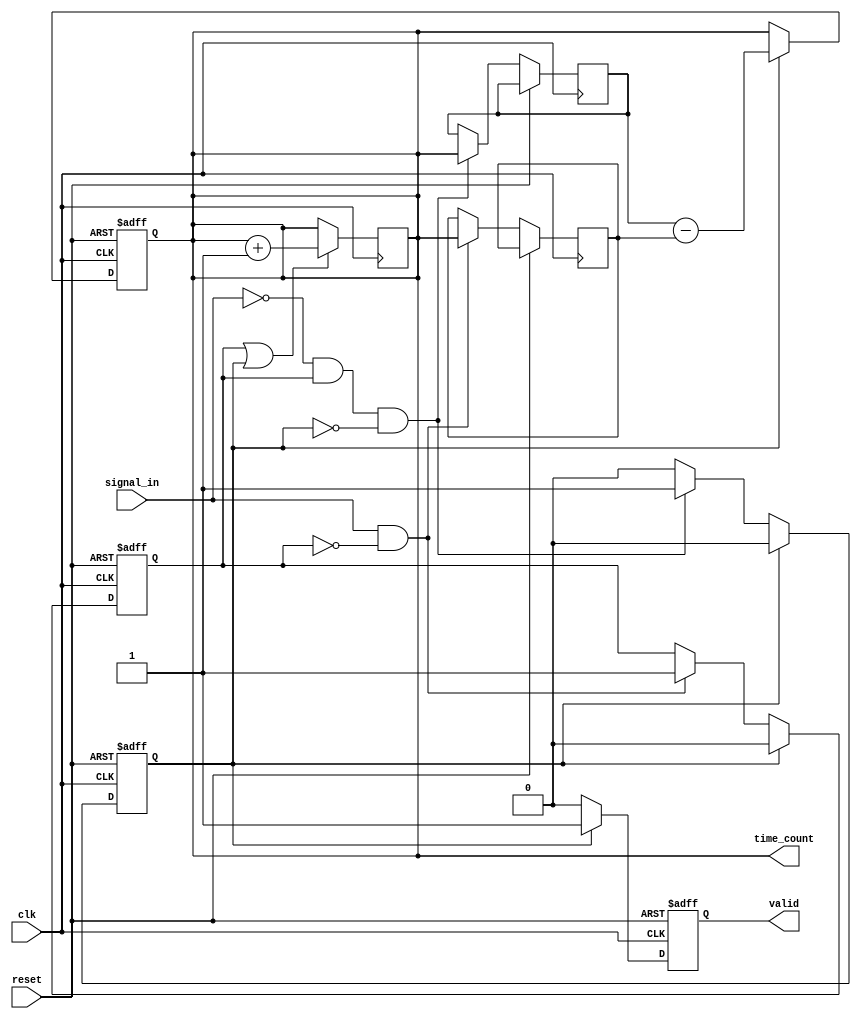
module TDC (
    input wire clk,               // System clock
    input wire reset,             // Reset signal
    input wire signal_in,         // Input time signal
    output reg [15:0] time_count, // Measured time interval (16-bit output)
    output reg valid              // Valid output flag
);

    // Parameters
    parameter DELAY_COUNT = 16;   // Number of delay elements
    parameter MAX_COUNT = 65535;   // Maximum count value for 16-bit output

    // Internal signals
    reg [DELAY_COUNT-1:0] delay_line; // Delay line
    reg [15:0] start_count;            // Count at start edge
    reg [15:0] stop_count;             // Count at stop edge
    reg start_detected;                // Start edge detected flag
    reg stop_detected;                 // Stop edge detected flag

    // Edge detection logic
    always @(posedge clk or posedge reset) begin
        if (reset) begin
            start_detected <= 0;
            stop_detected <= 0;
            time_count <= 0;
            valid <= 0;
        end else begin
            // Detect rising edge (start)
            if (signal_in && !start_detected) begin
                start_count <= time_count; // Capture the start count
                start_detected <= 1;
            end

            // Detect falling edge (stop)
            if (!signal_in && start_detected && !stop_detected) begin
                stop_count <= time_count; // Capture the stop count
                stop_detected <= 1;
            end

            // Calculate time interval on stop edge
            if (stop_detected) begin
                time_count <= stop_count - start_count; // Calculate time interval
                valid <= 1; // Set valid flag
                start_detected <= 0; // Reset start flag for next measurement
                stop_detected <= 0; // Reset stop flag for next measurement
            end else begin
                valid <= 0; // Clear valid flag if not ready
            end
        end
    end

    // Delay line logic
    always @(posedge clk) begin
        if (start_detected || stop_detected) begin
            delay_line <= {delay_line[DELAY_COUNT-2:0], signal_in}; // Shift in new signal
            time_count <= time_count + 1; // Increment time count
        end
    end

endmodule